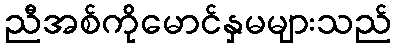
ညီအစ်ကိုမောင်နှမများသည်